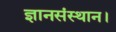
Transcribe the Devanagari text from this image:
ज्ञानसंस्थान।